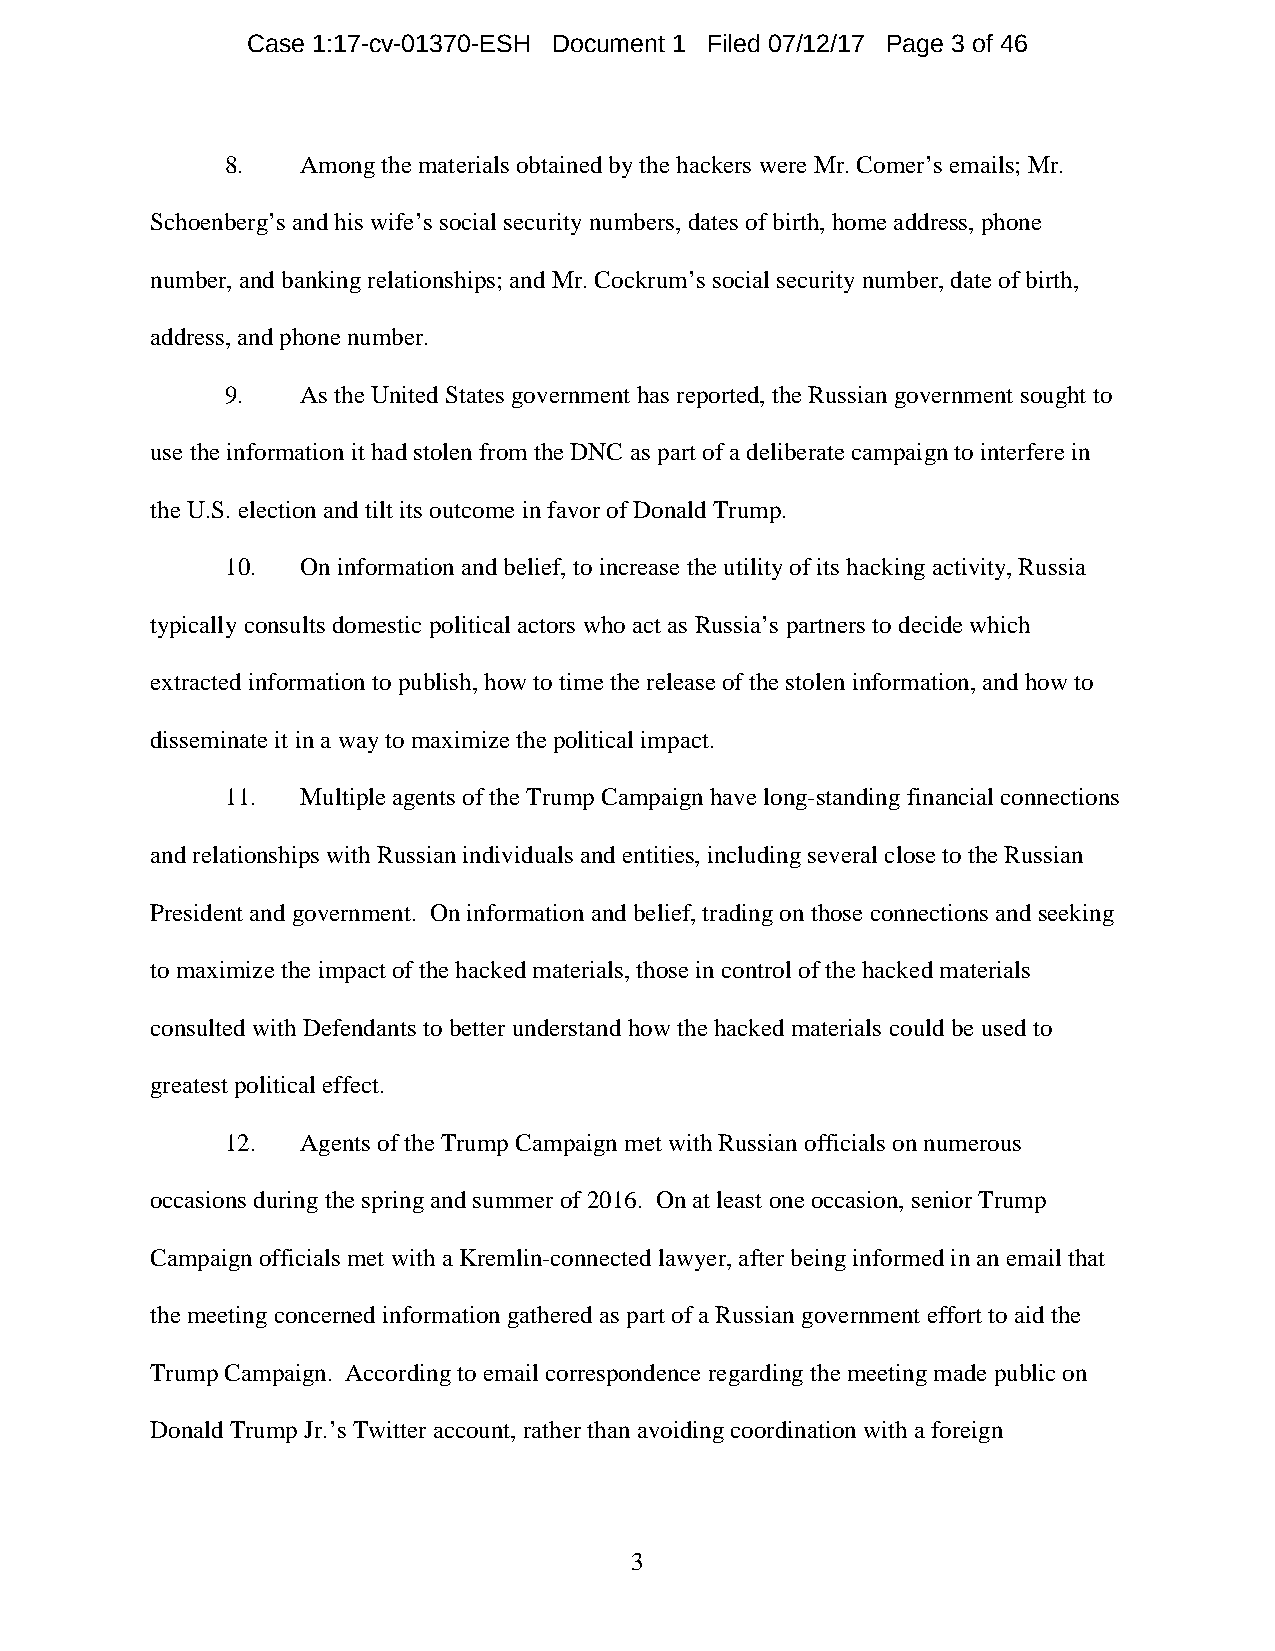
Case 1:17-cv-01370-ESH Document 1 Filed 07/12/17 Page 3 of 46
 8.   Among the materials obtained by the hackers were Mr. Comer’s emails; Mr.
 Schoenberg’s and his wife’s social security numbers, dates of birth, home address, phone
 number, and banking relationships; and Mr. Cockrum’s social security number, date of birth,
 address, and phone number.
 9.   As the United States government has reported, the Russian government sought to
 use the information it had stolen from the DNC as part of a deliberate campaign to interfere in
 the U.S. election and tilt its outcome in favor of Donald Trump.
 10.  On information and belief, to increase the utility of its hacking activity, Russia
 typically consults domestic political actors who act as Russia’s partners to decide which
 extracted information to publish, how to time the release of the stolen information, and how to
 disseminate it in a way to maximize the political impact.
 11.  Multiple agents of the Trump Campaign have long-standing financial connections
 and relationships with Russian individuals and entities, including several close to the Russian
 President and government. On information and belief, trading on those connections and seeking
 to maximize the impact of the hacked materials, those in control of the hacked materials
 consulted with Defendants to better understand how the hacked materials could be used to
 greatest political effect.
 12.  Agents of the Trump Campaign met with Russian officials on numerous
 occasions during the spring and summer of 2016. On at least one occasion, senior Trump
 Campaign officials met with a Kremlin-connected lawyer, after being informed in an email that
 the meeting concerned information gathered as part of a Russian government effort to aid the
 Trump Campaign. According to email correspondence regarding the meeting made public on
 Donald Trump Jr.’s Twitter account, rather than avoiding coordination with a foreign
 3